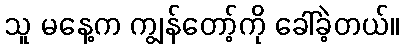
သူ မနေ့က ကျွန်တော့်ကို ခေါ်ခဲ့တယ်။